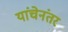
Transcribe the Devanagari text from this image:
यांचेनंतर